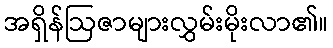
အရှိန်ဩဇာများလွှမ်းမိုးလာ၏။